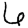
Digit: 6